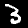
Digit: 3